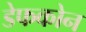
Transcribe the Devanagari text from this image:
डेफकोन